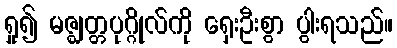
ရှု၍ မဇ္ဈတ္တပုဂ္ဂိုလ်ကို ရှေးဦးစွာ ပွါးရသည်။